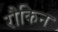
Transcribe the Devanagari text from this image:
रौकिन